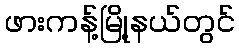
ဖားကန့်မြို့နယ်တွင်